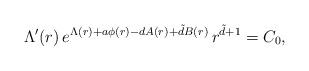
\begin{align*}\Lambda'(r) \, e^{\Lambda(r) + a \phi(r) - d A(r) + \tilde{d} B(r) } \, r^{\tilde{d}+1} = C_0,\end{align*}